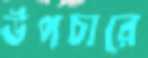
উপচারে